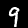
Label: 9